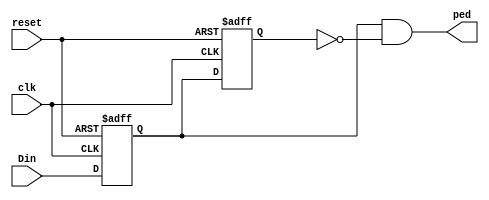
`timescale 1ns / 1ps
/*
    Trevor Scott   
* Filename: Design file  
* Version: 1.3 
*/

//ped is doit
module PED(clk, reset, Din, ped);
input Din, reset, clk;
output ped;
reg q1,q2;
reg nq1, nq2;
assign ped = q1&~q2;

always@(*)
begin
   nq1 = Din;
   nq2 = q1; 
end
always@(posedge clk, posedge reset)
    if(reset) {q1, q2} <=2'b0;
    else {q1,q2} <={nq1, nq2};
endmodule